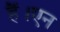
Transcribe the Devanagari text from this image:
हैं।एन